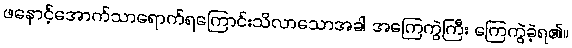
ဖနောင့်အောက်သာရောက်ရကြောင်းသိလာသောအခါ အကြေကွဲကြီး ကြေကွဲခဲ့ရ၏။